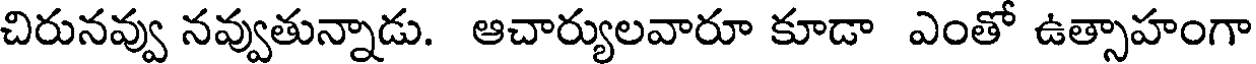
చిరునవ్వు నవ్వుతున్నాడు. ఆచార్యులవారూ కూడా ఎంతో ఉత్సాహంగా